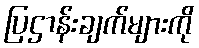
ပြဌာန်းချက်များကို